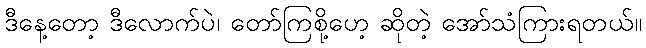
ဒီနေ့တော့ ဒီလောက်ပဲ၊ တော်ကြစို့ဟေ့ ဆိုတဲ့ အော်သံကြားရတယ်။